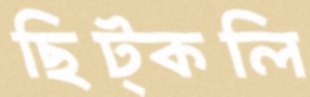
ছিট্‌কলি